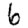
Digit: 6